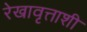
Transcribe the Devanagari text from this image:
रेखावृत्ताशी